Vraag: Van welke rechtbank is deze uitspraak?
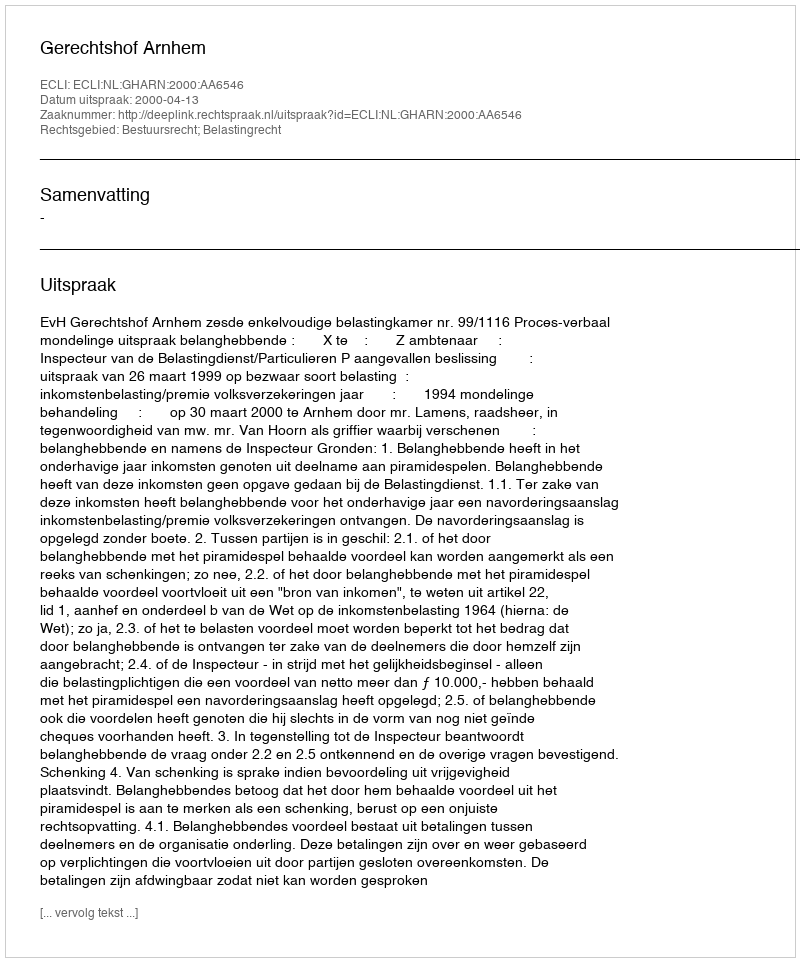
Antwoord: Gerechtshof Arnhem